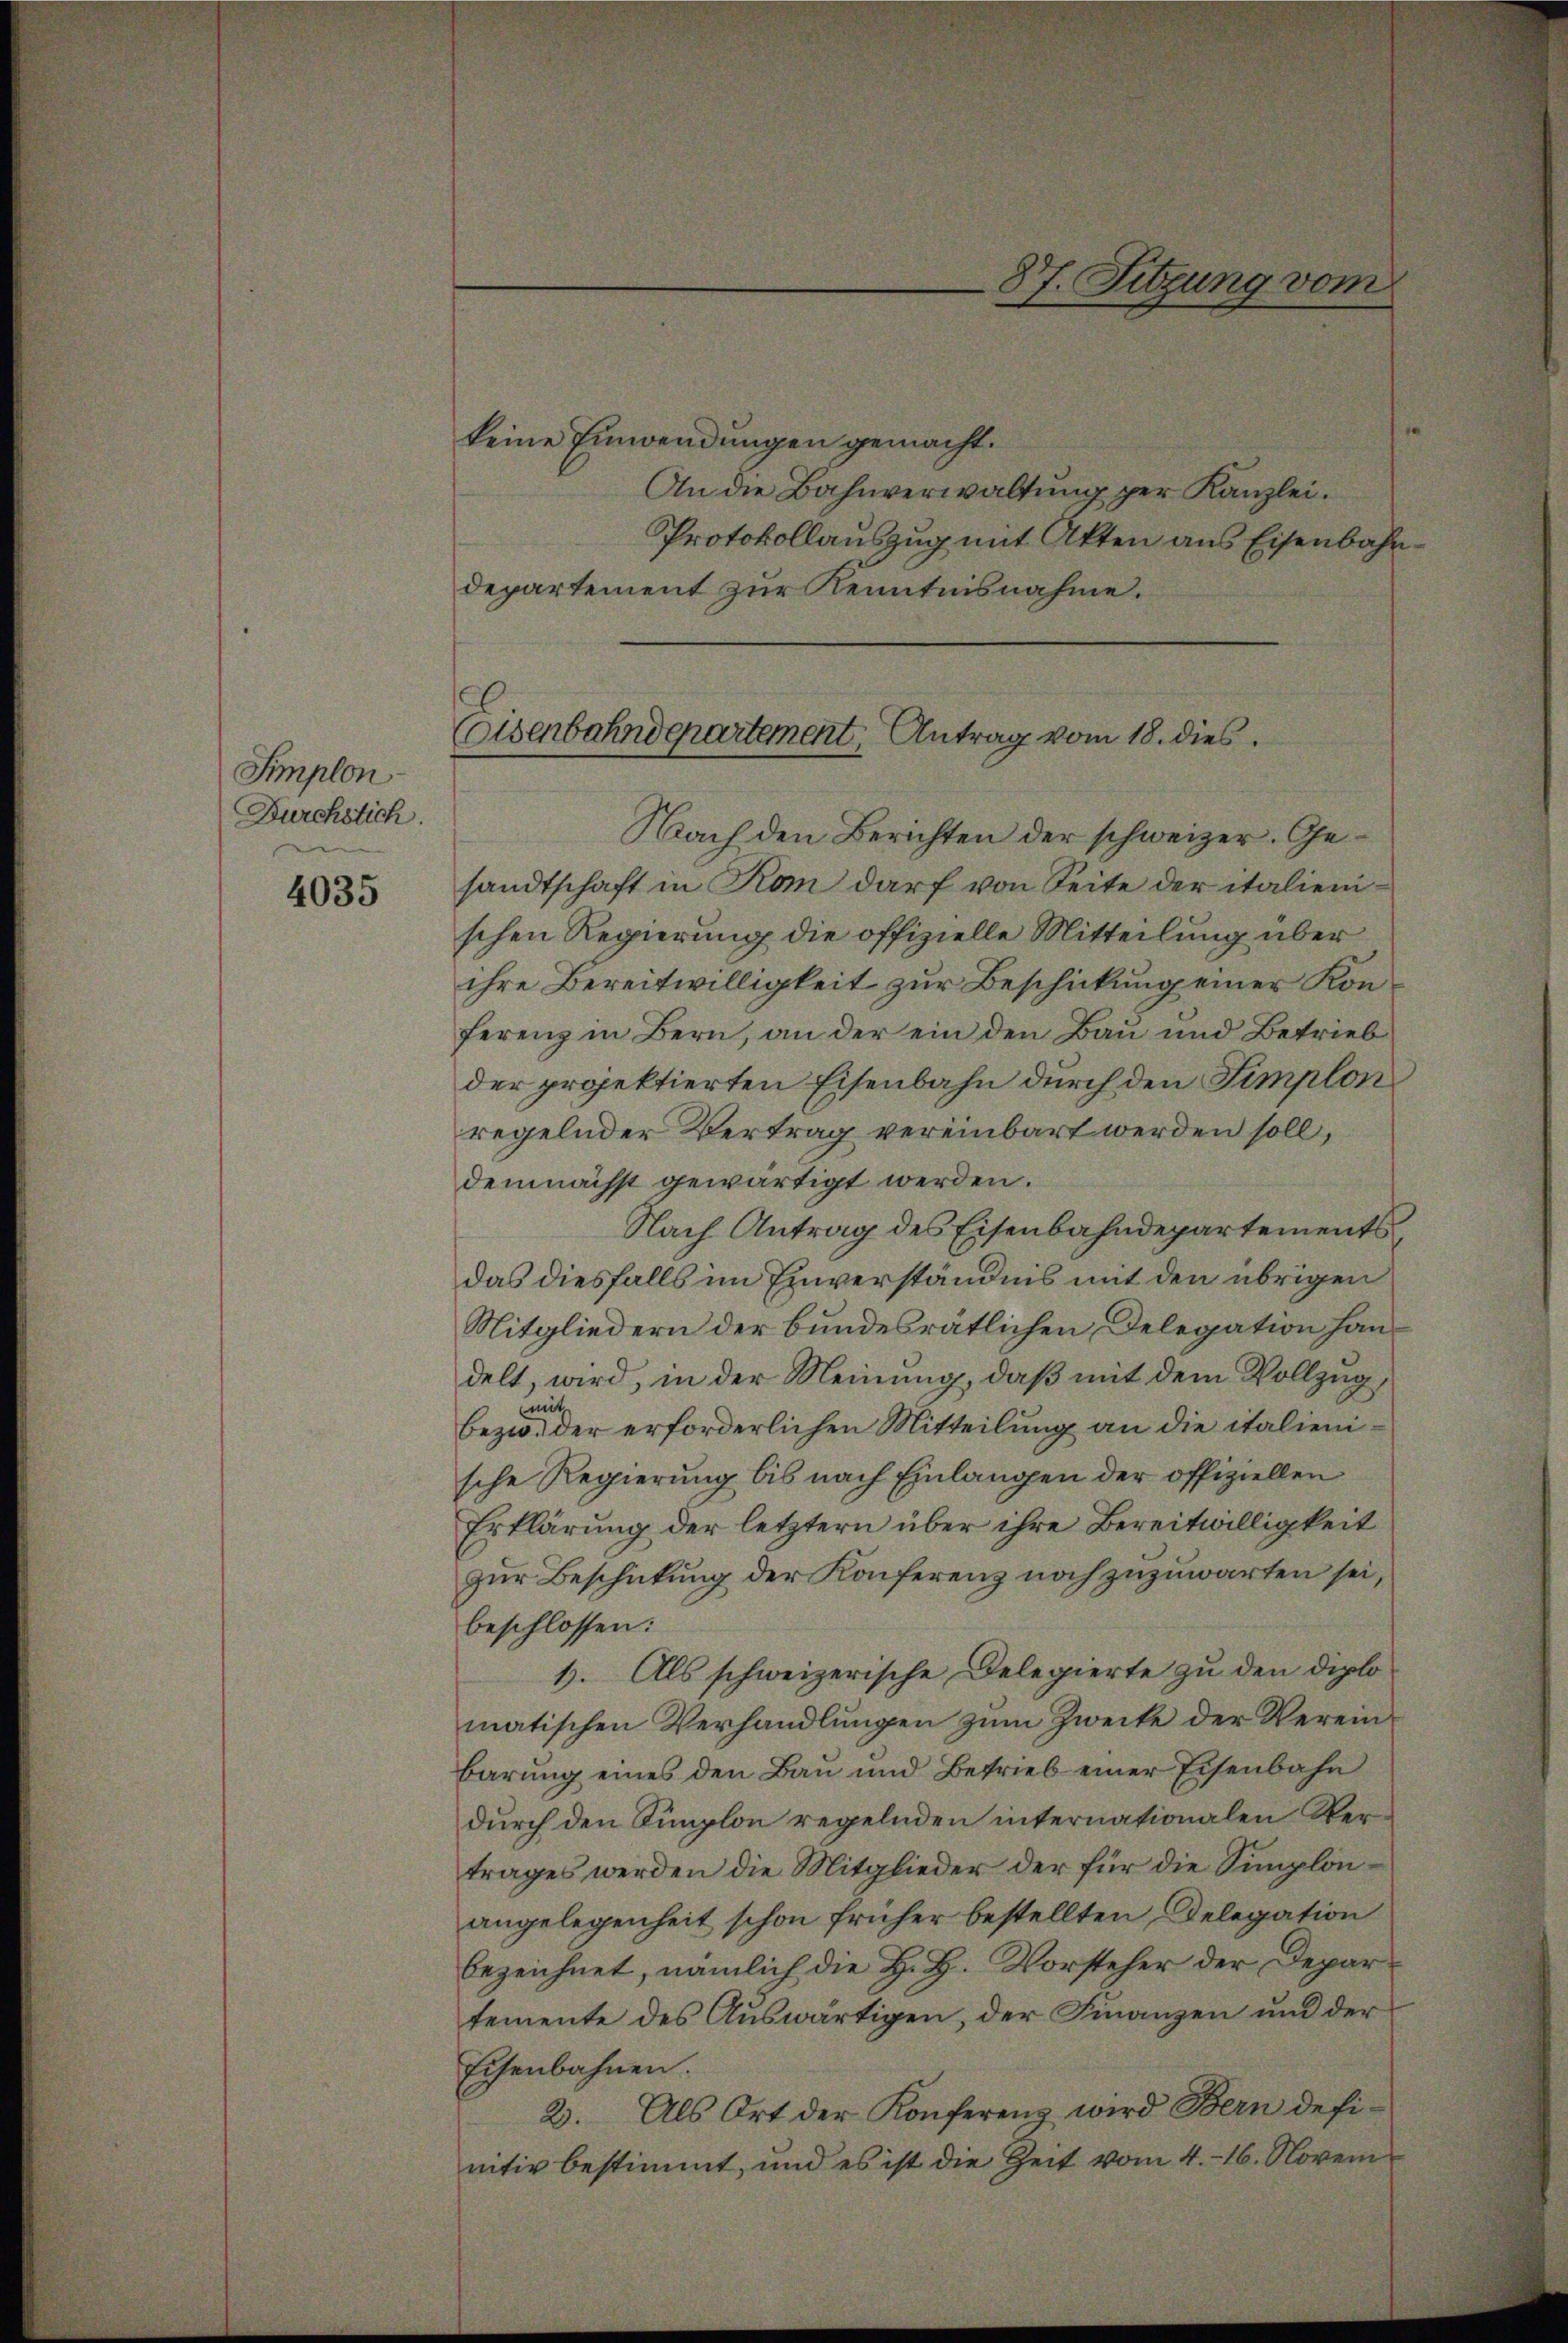
Implon
Durchstich.

4035

87. Sitzung vom

Caisenbahndepartement, Antrag vom 18. dies

keine Einwendungen gemacht.
An die Bahnverwaltung per Kanzlei.
Protokollauszug mit Akten aus Eisenbahn.
departement zur Kenntnisnahme.
Nach den Berichten der schweizer. Gesandtschaft in Kam darf von Seite der italienischen Regierung die offizielle Mitteilung über
ihre Bereitwilligkeit zur Beschickung einer Konferenz in Bern, an der ein den Bau und Betrieb
der projektierten Eisenbahn durch den Simplon
regelnder Vertrag vereinbart werden soll,
demnächst gewärtigt werden.
Nach Antrag des Eisenbahndepartementsdas diesfalls im Einverständnis mit den übrigen
Mitgliedern der bundesrätlichen Delegation handelt, wird, in der Meinung, daß mit dem Vollzug
mit
bezw. der erforderlichen Mitteilung an die italienische Regierung bis nach Einlangen der offiziellen
Erklärung der letztern über ihre Bereitwilligkeit
zur Beschickung der Konferenz noch zuzuwarten sei,
beschlossen:
1. Als schweizerische Delegierte zu den diplomatischen Verhandlungen zum Zwecke der Vereinbarung eines den Bau und Betrieb einer Eisenbahn
durch den Simplon regelnden internationalen Vertrages werden die Mitglieder der für die Simplonangelegenheit schon früher bestellten, Delegation
bezeichnet, nämlich die H. H. Vorsteher der Departemente des Auswärtigen, der Finanzen und der
Eisenbahnen.
2. Als Ort der Konferenz wird Bern definitiv bestimmt, und es ist die Zeit vom 4. 16. Novem